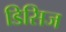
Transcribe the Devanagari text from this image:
डिसिज